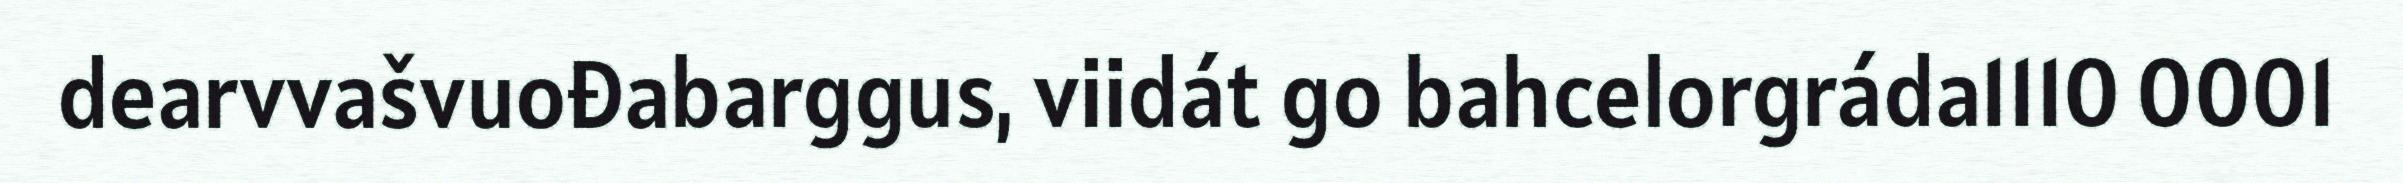
dearvvašvuođabarggus, viidát go bahcelorgráda1110 0001